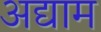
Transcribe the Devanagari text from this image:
अद्याम